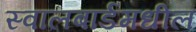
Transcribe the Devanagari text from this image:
स्वालबार्डमधील